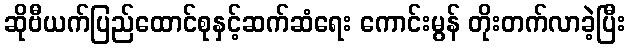
ဆိုဗီယက်ပြည်ထောင်စုနှင့်ဆက်ဆံရေး ကောင်းမွန် တိုးတက်လာခဲ့ပြီး